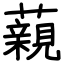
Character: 藽